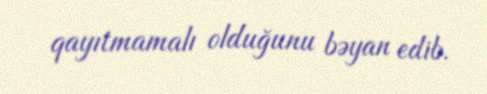
qayıtmamalı olduğunu bəyan edib.